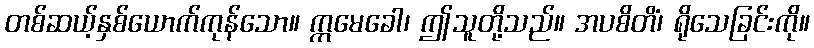
တစ်ဆယ့်နှစ်ယောက်ကုန်သော။ ဣမေခေါ၊ ဤသူတို့သည်။ အပစိတိံ၊ ရိုသေခြင်းကို။